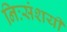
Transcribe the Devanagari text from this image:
निःसंशयी